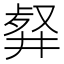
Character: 𠭮